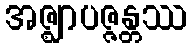
အဇ္ဈာပဇ္ဇန္တဿ